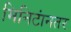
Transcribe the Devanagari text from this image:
मिनिटांनतर